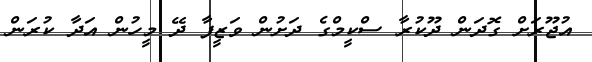
އުޖޫރަށް ގޮދަން ދޫކުރާ ސްކީމްގެ ދަށުން ވަޒީފާ ދޭ މީހުން އަދާ ކުރަން